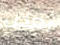
بعض